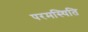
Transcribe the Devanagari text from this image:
परमस्थिति